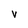
Character: V